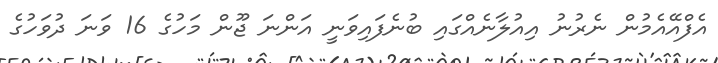
އެފްއޭއެމުން ނެރުނު އިއުލާނެއްގައި ބުނެފައިވަނީ އަންނަ ޖޫން މަހުގެ 16 ވަނަ ދުވަހުގެ